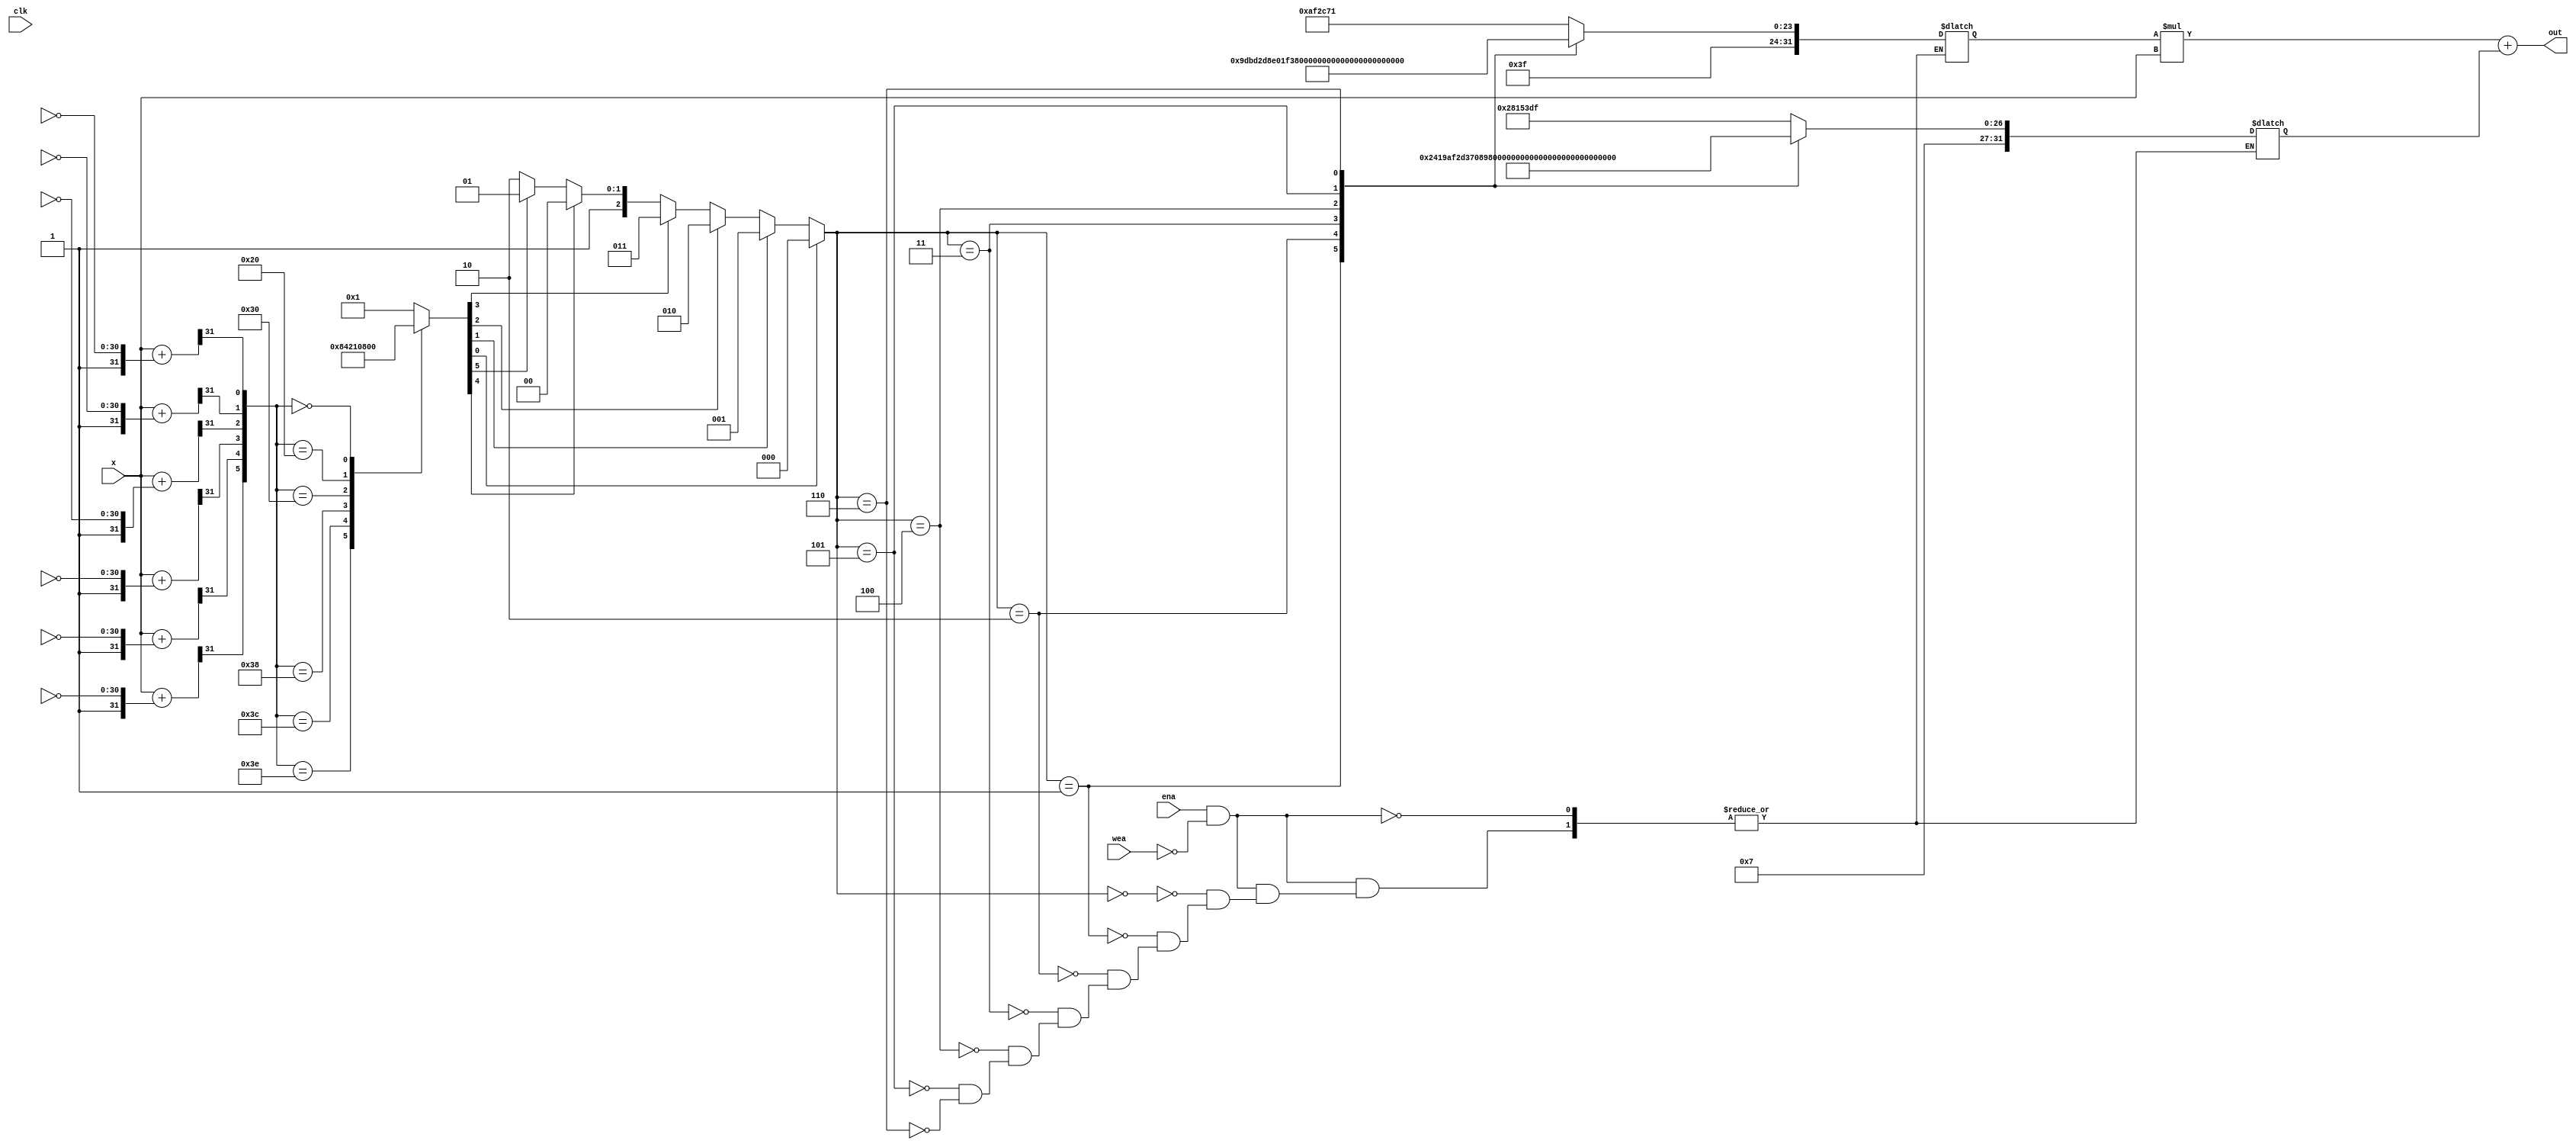
module ig ( clk , x ,out,wea,ena);

parameter k = 7;
parameter n = 31;
integer i;

input signed [n:0] x;
reg signed [k-1:1] ysn;
reg a_b ;
input clk;
output reg [63:0] out;


wire signed [n-1:0] xend [k-1:0];
 reg signed [n:0] y [k-1:1];
wire signed xsign;
wire [31:0] din;
//wire [30:0] dinx;

 reg [k : 1] index;

assign xsign = 1;



reg  [31:0] a;
 reg [31:0] b;
input wea,ena;
 reg [2:0] address;

initial
begin
address = 3'b000;
end


always @(*)begin
 for ( i=1; i<=k-1; i=i+1)begin
   
y[i] = x +({xsign, ~xend[i]});//        y = x +({xsign, ~xend})  ; //({xsign, ~xend[i]});
end
end



always @(*)
    for ( i=1; i<=k-1; i=i+1)
   ysn[i] = y[i][31];
    
//    always @(*) begin
//     ysn = y[31];   
//     end   
     
     
always @(*)
begin
case(ysn)                                                                 //Initializing index mux
6'b111111 : index=7'b0000001;
6'b111110 : index=7'b0000010;
6'b111100 : index=7'b0000100;
6'b111000 : index=7'b0001000;
6'b110000 : index=7'b0010000;
6'b100000 : index=7'b0100000;
6'b000000 : index=7'b1000000;
default :  index=7'b0000001;
endcase
end


always @(*)
begin
case(ysn)                                                                 //Initializing index mux
6'b111111 : a_b =index[1];
6'b111110 : a_b =index[2];
6'b111100 : a_b =index[3];
6'b111000 : a_b =index[4];
6'b110000 : a_b =index[5];
6'b100000 : a_b =index[6];
6'b000000 : a_b =index[7];
default : a_b = index[1];
endcase
end

//always@(*)
//begin
//case(a_b)
//index[1] : address =3'b000;                                                  //accessing luts a and b
//index[2] : address =3'b001;
//index[3] : address =3'b010;
//index[4] : address =3'b011;
//index[5] : address =3'b100;
//index[6] : address =3'b101;
//index[7] : address =3'b110;
//index[8] : address =3'b111;
//endcase
//end

always @(*)
begin 

if( index[1]==1)
address =3'b000;
else if( index[2]==1)
address = 3'b001;
else if( index[3]==1)
address = 3'b010;
else if( index[4]==1)
address = 3'b011;
else if( index[5]==1)
address = 3'b100;
else if( index[6]==1)
address = 3'b101;
else 
address = 3'b110;

end




always@(*)
begin
if(ena ==1 && wea ==0)
begin
case(address)
3'b000 : a = 32'b00111111101011110010110001110001;
3'b001 : a = 32'b00111111100111011011110100101101;
3'b010 : a = 32'b00111111100011100000000111110011;
3'b011 : a = 32'b00111111011111111011101010100010;
3'b100 : a = 32'b00111111011001100011110011000000;
3'b101 : a = 32'b00111111010011110011111011101110;
3'b110 : a = 32'b00111111001111101000110000000111;
 
endcase
end
end




//blk_mem_gen_0 ablock (
//  .clka(clk),    // input wire clka
//  .ena(ena),      // input wire ena
//  .wea(wea),      // input wire [0 : 0] wea
//  .addra(address),  // input wire [2 : 0] addra
//  .dina(din),    // input wire [31 : 0] dina
//  .douta(a)  // output wire [31 : 0] douta
//);


always@(*)
begin
if(ena ==1 && wea ==0)
begin
case(address)
3'b000 : b = 32'b00111010100000010101001111011111;
3'b001 : b = 32'b00111100100000110011010111100101;
3'b010 : b = 32'b00111101001101110000100010010111;
3'b011 : b = 32'b00111101101011110011010110100011;
3'b100 : b = 32'b00111110000011001100001000010111;
3'b101 : b = 32'b00111110010011000011011100101110;
3'b110 : b = 32'b00111110100000110001011001010000;
 
endcase
end
end




//blk_mem_gen_1 bblock (
//  .clka(clk),    // input wire clka
//  .ena(ena),      // input wire ena
//  .wea(wea),      // input wire [0 : 0] wea
//  .addra(address),  // input wire [2 : 0] addra
//  .dina(din),    // input wire [31 : 0] dina
//  .douta(b)  // output wire [31 : 0] douta
//);




always @(*)
begin
out = (a*x) + b;
end

endmodule